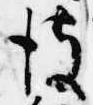
彼